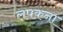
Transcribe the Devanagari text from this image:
लपकना